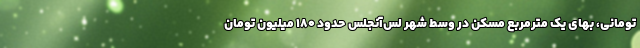
تومانی، بهای یک مترمربع مسکن در وسط شهر لس‌آنجلس حدود 180 میلیون تومان